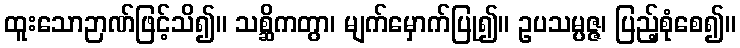
ထူးသောဉာဏ်ဖြင့်သိ၍။ သစ္ဆိကတွာ၊ မျက်မှောက်ပြု၍။ ဥပသမ္ပဇ္ဇ၊ ပြည့်စုံစေ၍။